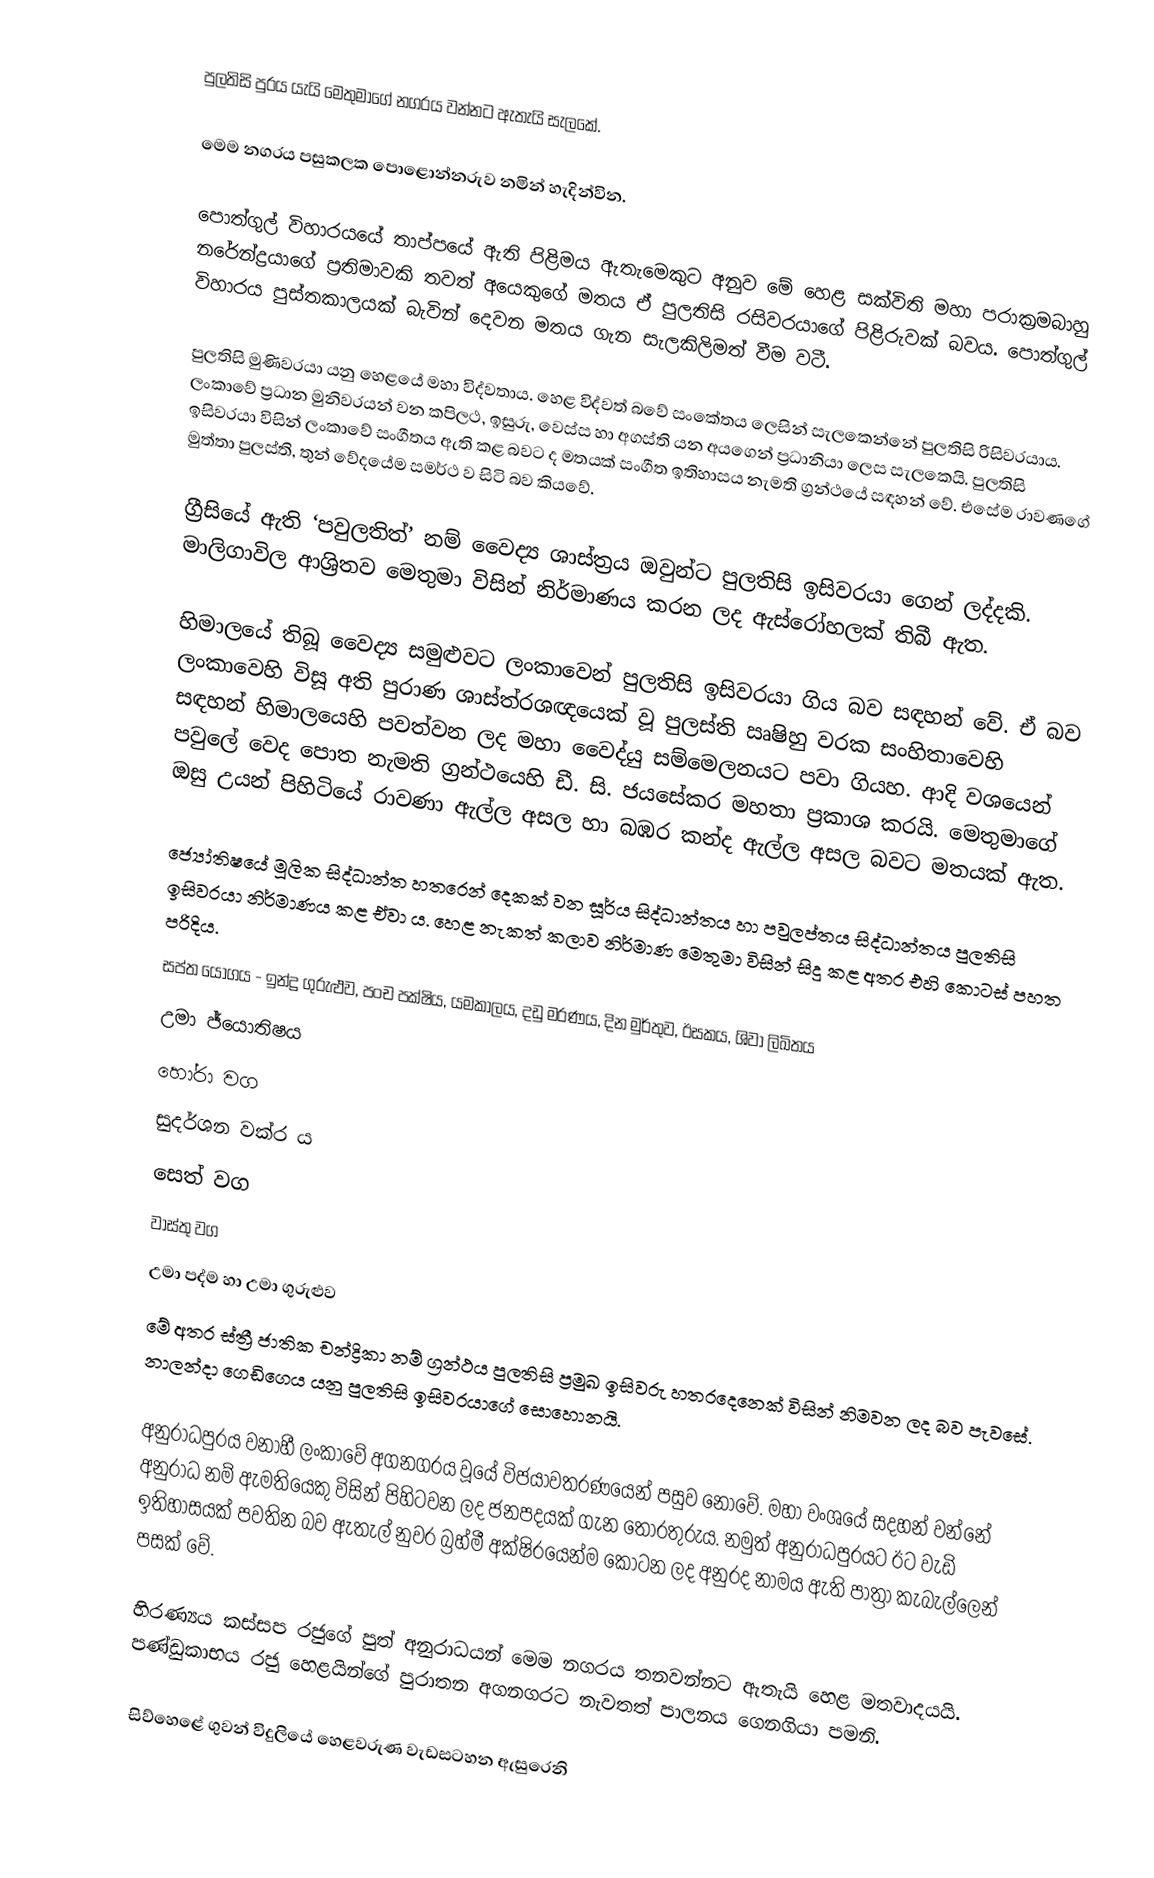
පුලතිසි පුරය යැයි මෙතුමාගේ නගරය වන්නට ඇතැයි සැලකේ.

මෙම නගරය පසුකලක පොළොන්නරුව නමින් හැදින්වින.

පොත්ගුල් විහාරයයේ තාප්පයේ ඇති පිළිමය ඇතැමෙකුට අනුව මේ හෙළ සක්විති මහා පරාක්‍රමබාහු නරේන්ද්‍රයාගේ ප්‍රතිමාවකි තවත් අයෙකුගේ මතය ඒ පුලතිසි රසිවරයාගේ පිළිරුවක් බවය. පොත්ගුල් විහාරය පුස්තකාලයක් බැවින් දෙවන මතය ගැන සැලකිලිමත් වීම වටී.

පුලතිසි මුණිවරයා යනු හෙළයේ මහා විද්වතාය. හෙළ  විද්වත් බවේ සංකේතය ලෙසින් සැලකෙන්නේ පුලතිසි රිසිවරයාය. ලං‍කාවේ ප්‍රධාන මුනිවරයන් වන කපිලථ, ඉසුරු, වෙස්ස හා අගස්ති යන අයගෙන් ප්‍රධානියා ලෙස සැලකෙයි. පුලතිසි ඉසිවරයා විසින් ලංකාවේ සංගීතය ඇති කළ බවට ද මතයක් සංගීත ඉතිහාසය  නැමති ග්‍රන්ථයේ සඳහන් වේ. එසේම රාවණගේ මුත්තා පුලස්ති, තුන් වේදයේම සමර්ථ ව සිටි බව කියවේ.  

ග්‍රීසියේ ඇති ‘පවුලතිත්’ නම් වෛද්‍ය ශාස්ත්‍රය ඔවුන්ට පුලතිසි ඉසිවරයා ගෙන් ලද්දකි. මාලිගාවිල ආශ්‍රිතව මෙතුමා විසින් නිර්මාණය කරන ලද ඇස්රෝහලක් තිබී ඇත.

හිමාලයේ තිබූ වෛද්‍ය සමුළුවට ලංකාවෙන් පුලතිසි ඉසිවරයා ගිය බව සඳහන් වේ. ඒ බව ලංකාවෙහි විසූ අති පුරාණ ශාස්ත්රශඥයෙක් වූ පුලස්ති ඍෂිහු වරක සංහිතාවෙහි සඳහන් හිමාලයෙහි පවත්වන ලද මහා වෛද්යු සම්මෙලනයට පවා ගියහ. ආදි වශයෙන් පවුලේ වෙද පොත  නැමති ග්‍රන්ථයෙහි ඩී. සි. ජයසේකර මහතා ප්‍රකාශ කරයි. මෙතුමාගේ ඔසු උයන් පිහිටියේ  රාවණා ඇල්ල අසල හා බඹර කන්ද ඇල්ල අසල බවට මතයක් ඇත.

ජ්‍යෝතිෂයේ මූලික සිද්ධාන්ත හතරෙන් දෙකක් වන සූර්ය සිද්ධාන්තය හා පවුලප්තය සිද්ධාන්තය පුලතිසි ඉසිවරයා නිර්මාණය කළ ඒවා ය. හෙළ නැකත් කලාව නිර්මාණ මෙතුමා විසින් සිදු කළ අතර එහි කොටස් පහත පරිදිය.
 සප්ත යෝගය - ඉන්ද්‍ර ගුරුළුව, පංච පක්ෂිය, යමකාලය, දඩු මරණය, දින මුර්තුව, ඊසකය, ශිවා ලිඛිතය
 උමා ජ්යො‍තිෂය
 හෝරා වග
 සුදර්ශන වක්ර ය
 සෙත් වග
 වාස්තු වග
 උමා පද්ම හා උමා ගුරුළුව
මේ අතර ස්ත්‍රී ජාතික චන්ද්‍රිකා නම් ග්‍රන්ථය පුලතිසි ප්‍රමුඛ ඉසිවරු හතරදෙනෙක් විසින් නිමවන ලද බව පැවසේ. නාලන්දා ගෙඩිගෙය යනු පුලතිසි ඉසිවරයාගේ සොහොනයි. 

අනුරාධපුරය වනාහී ලංකාවේ අගනගරය වූයේ විජයාවතරණයෙන් පසුව නොවේ. මහා වංශයේ සදහන් වන්නේ අනුරාධ නම් ඇමතියෙකු විසින් පිහිටවන ලද ජනපදයක් ගැන තොරතුරුය. නමුත් අනුරාධපුරයට ඊට වැඩි ඉතිහාසයක් පවතින බව ඇතැල් නුවර බ්‍රහ්මී අක්ෂිරයෙන්ම කොටන ලද අනුරද නාමය ඇති පාත්‍රා කැබැල්ලෙන් පසක් වේ.

හිරණ්‍යය කස්සප රජුගේ පුත් අනුරාධයන් මෙම නගරය තනවන්නට ඇතැයි හෙළ මතවාදයයි. පණ්ඩුකාභය රජු හෙළයින්ගේ පුරාතන අගනගරට නැවතත් පාලනය ගෙනගියා පමනි.

සිව්හෙළේ ගුවන් විදුලියේ හෙළවරුණ වැඩසටහන ඇසුරෙනි